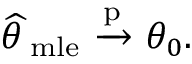
{ \widehat { \theta \, } } _ { \mathrm { m l e } } \ { \xrightarrow { \mathrm { p } } } \ \theta _ { 0 } .